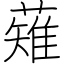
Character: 薙